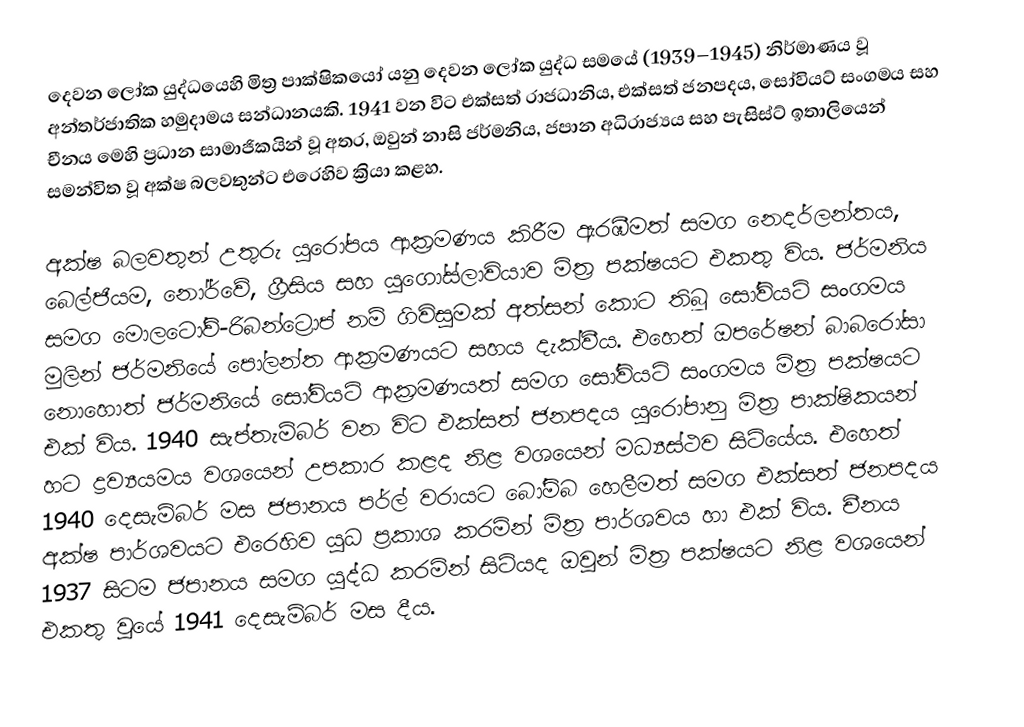
දෙවන ලෝක යුද්ධයෙහි මිත්‍ර පාක්ෂිකයෝ යනු දෙවන ලෝක යුද්ධ සමයේ (1939–1945) නිර්මාණය වූ අන්තර්ජාතික හමුදාමය සන්ධානයකි. 1941 වන විට එක්සත් රාජධානිය, එක්සත් ජනපදය, සෝවියට් සංගමය සහ චීනය මෙහි ප්‍රධාන සාමාජිකයින් වූ අතර, ඔවුන් නාසි ජර්මනිය, ජපාන අධිරාජ්‍යය සහ පැසිස්ට් ඉතාලියෙන් සමන්විත වූ අක්ෂ බලවතුන්ට එරෙහිව ක්‍රියා කළහ.

අක්ෂ බලවතුන් උතුරු යුරෝපය ආක්‍රමණය කිරීම ඇරඹීමත් සමග නෙදර්ලන්තය, බෙල්ජියම, නෝර්වේ, ග්‍රීසිය සහ යුගෝස්ලාවියාව මිත්‍ර පක්ෂයට එකතු විය. ජර්මනිය සමග මොලටෝව්-රිබන්ට්‍රොප් නම් ගිවිසුමක් අත්සන් කොට තිබූ සෝවියට් සංගමය මුලින් ජර්මනියේ පෝලන්ත ආක්‍රමණයට සහය දැක්වීය. එහෙත් ඔපරේෂන් බාබරෝසා නොහොත් ජර්මනියේ සෝවියට් ආක්‍රමණයත් සමග සෝවියට් සංගමය මිත්‍ර පක්ෂයට එක් විය. 1940 සැප්තැම්බර් වන විට එක්සත් ජනපදය යුරෝපානු මිත්‍ර පාක්ෂිකයන් හට ද්‍රව්‍යයමය වශයෙන් උපකාර කළද නිළ වශයෙන් මධ්‍යස්ථව සිටියේය. එහෙත් 1940 දෙසැම්බර් මස ජපානය පර්ල් වරායට බෝම්බ හෙලීමත් සමග එක්සත් ජනපදය අක්ෂ පාර්ශවයට එරෙහිව යුධ ප්‍රකාශ කරමින් මිත්‍ර පාර්ශවය හා එක් විය. චීනය 1937 සිටම ජපානය සමග යුද්ධ කරමින් සිටියද ඔවුන් මිත්‍ර පක්ෂයට නිළ වශයෙන් එකතු වූයේ 1941 දෙසැම්බර් මස දීය.